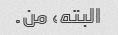
البته، من.